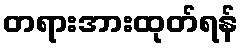
တရားအားထုတ်ရန်